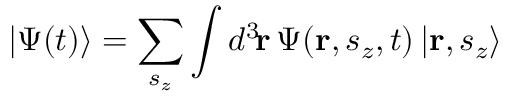
| \Psi ( t ) \rangle = \sum _ { s _ { z } } \int d ^ { 3 } \! \mathbf { r } \, \Psi ( \mathbf { r } , s _ { z } , t ) \, | \mathbf { r } , s _ { z } \rangle